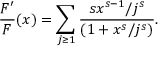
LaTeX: \frac { F ^ { \prime } } { F } ( x ) = \sum _ { j \ge 1 } \frac { s x ^ { s - 1 } / j ^ { s } } { ( 1 + x ^ { s } / j ^ { s } ) } .